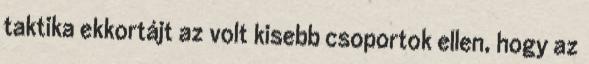
taktika ekkortájt az volt kisebb csoportok ellen, hogy az